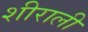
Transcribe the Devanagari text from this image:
शीराली